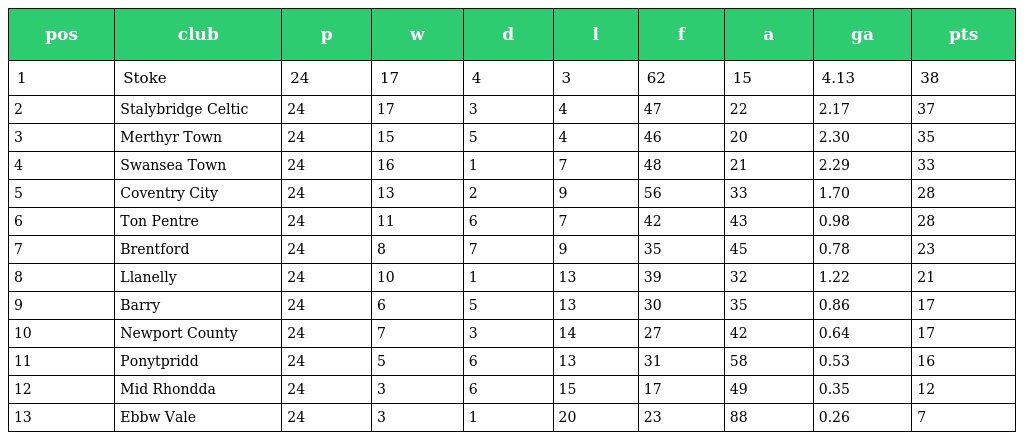
| pos | club | p | w | d | l | f | a | ga | pts |
 | --- | --- | --- | --- | --- | --- | --- | --- | --- | --- |
 | 1 | Stoke | 24 | 17 | 4 | 3 | 62 | 15 | 4.13 | 38 |
 | 2 | Stalybridge Celtic | 24 | 17 | 3 | 4 | 47 | 22 | 2.17 | 37 |
 | 3 | Merthyr Town | 24 | 15 | 5 | 4 | 46 | 20 | 2.30 | 35 |
 | 4 | Swansea Town | 24 | 16 | 1 | 7 | 48 | 21 | 2.29 | 33 |
 | 5 | Coventry City | 24 | 13 | 2 | 9 | 56 | 33 | 1.70 | 28 |
 | 6 | Ton Pentre | 24 | 11 | 6 | 7 | 42 | 43 | 0.98 | 28 |
 | 7 | Brentford | 24 | 8 | 7 | 9 | 35 | 45 | 0.78 | 23 |
 | 8 | Llanelly | 24 | 10 | 1 | 13 | 39 | 32 | 1.22 | 21 |
 | 9 | Barry | 24 | 6 | 5 | 13 | 30 | 35 | 0.86 | 17 |
 | 10 | Newport County | 24 | 7 | 3 | 14 | 27 | 42 | 0.64 | 17 |
 | 11 | Ponytpridd | 24 | 5 | 6 | 13 | 31 | 58 | 0.53 | 16 |
 | 12 | Mid Rhondda | 24 | 3 | 6 | 15 | 17 | 49 | 0.35 | 12 |
 | 13 | Ebbw Vale | 24 | 3 | 1 | 20 | 23 | 88 | 0.26 | 7 |